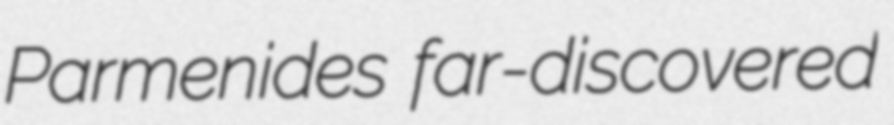
Parmenides far-discovered